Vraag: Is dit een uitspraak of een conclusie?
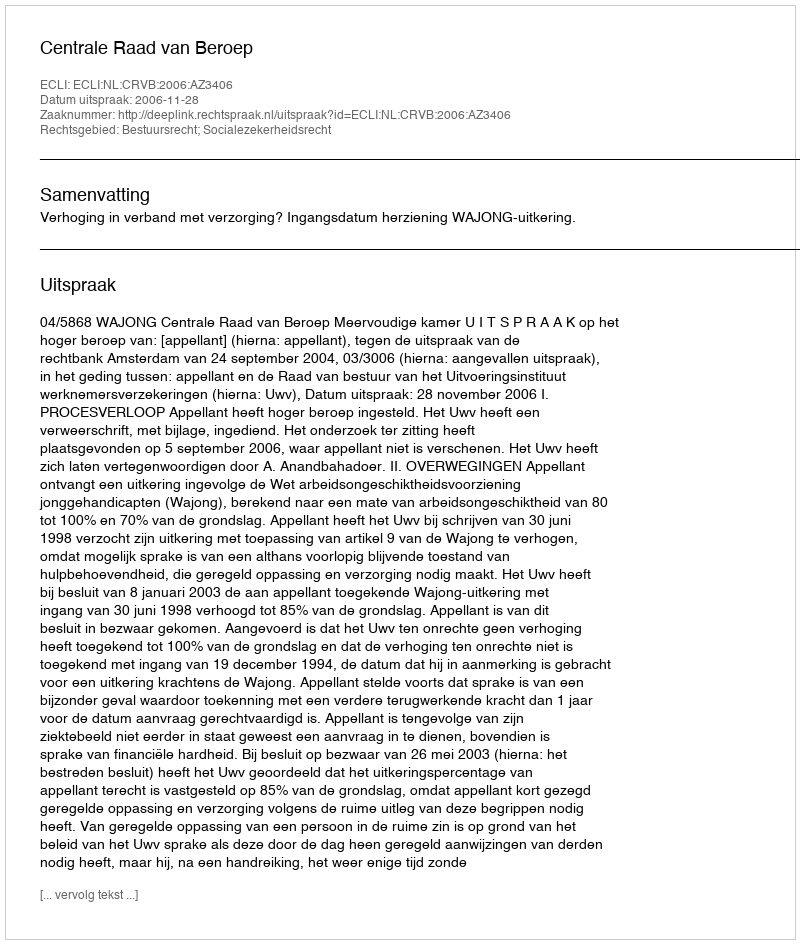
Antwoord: Uitspraak